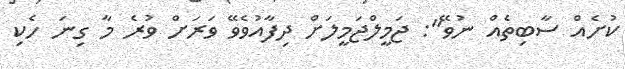
ކުށެއް ސާބިތެއް ނުވޭ": ޖަމީލްޖަމީލަށް ދިފާއުވެވޭ ވަރަށް ވުރެ މާ ގިނަ ހެކި